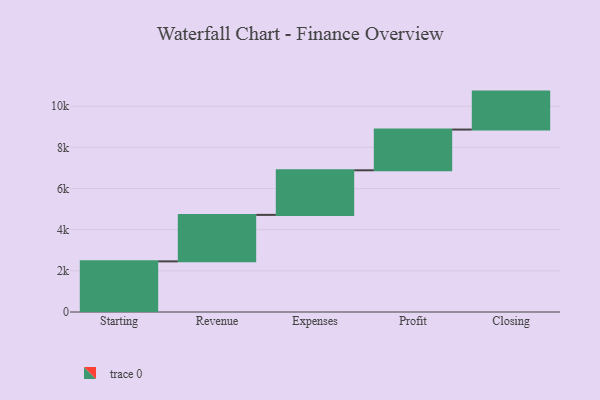
{"axis": {"x": "Step", "y": "Value"}, "legend": [""], "data": [{"x": "Starting", "y": 2461.0, "type": ""}, {"x": "Revenue", "y": 2259.0, "type": ""}, {"x": "Expenses", "y": 2167.0, "type": ""}, {"x": "Profit", "y": 1979.0, "type": ""}, {"x": "Closing", "y": 1845.0, "type": ""}]}